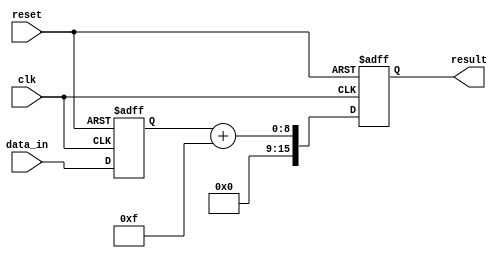
module Shift_and_Add_Register (
    input clk,
    input reset,
    input [7:0] data_in,
    output reg [15:0] result
);

reg [7:0] shift_reg;
reg [7:0] constant_value = 8'h0F;

always @(posedge clk or posedge reset) begin
    if (reset) begin
        shift_reg <= 8'h00;
        result <= 16'h0000;
    end else begin
        shift_reg <= {shift_reg[6:0], data_in};
        result <= shift_reg + constant_value;
    end
end

endmodule